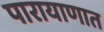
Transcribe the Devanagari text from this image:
पारायाणात